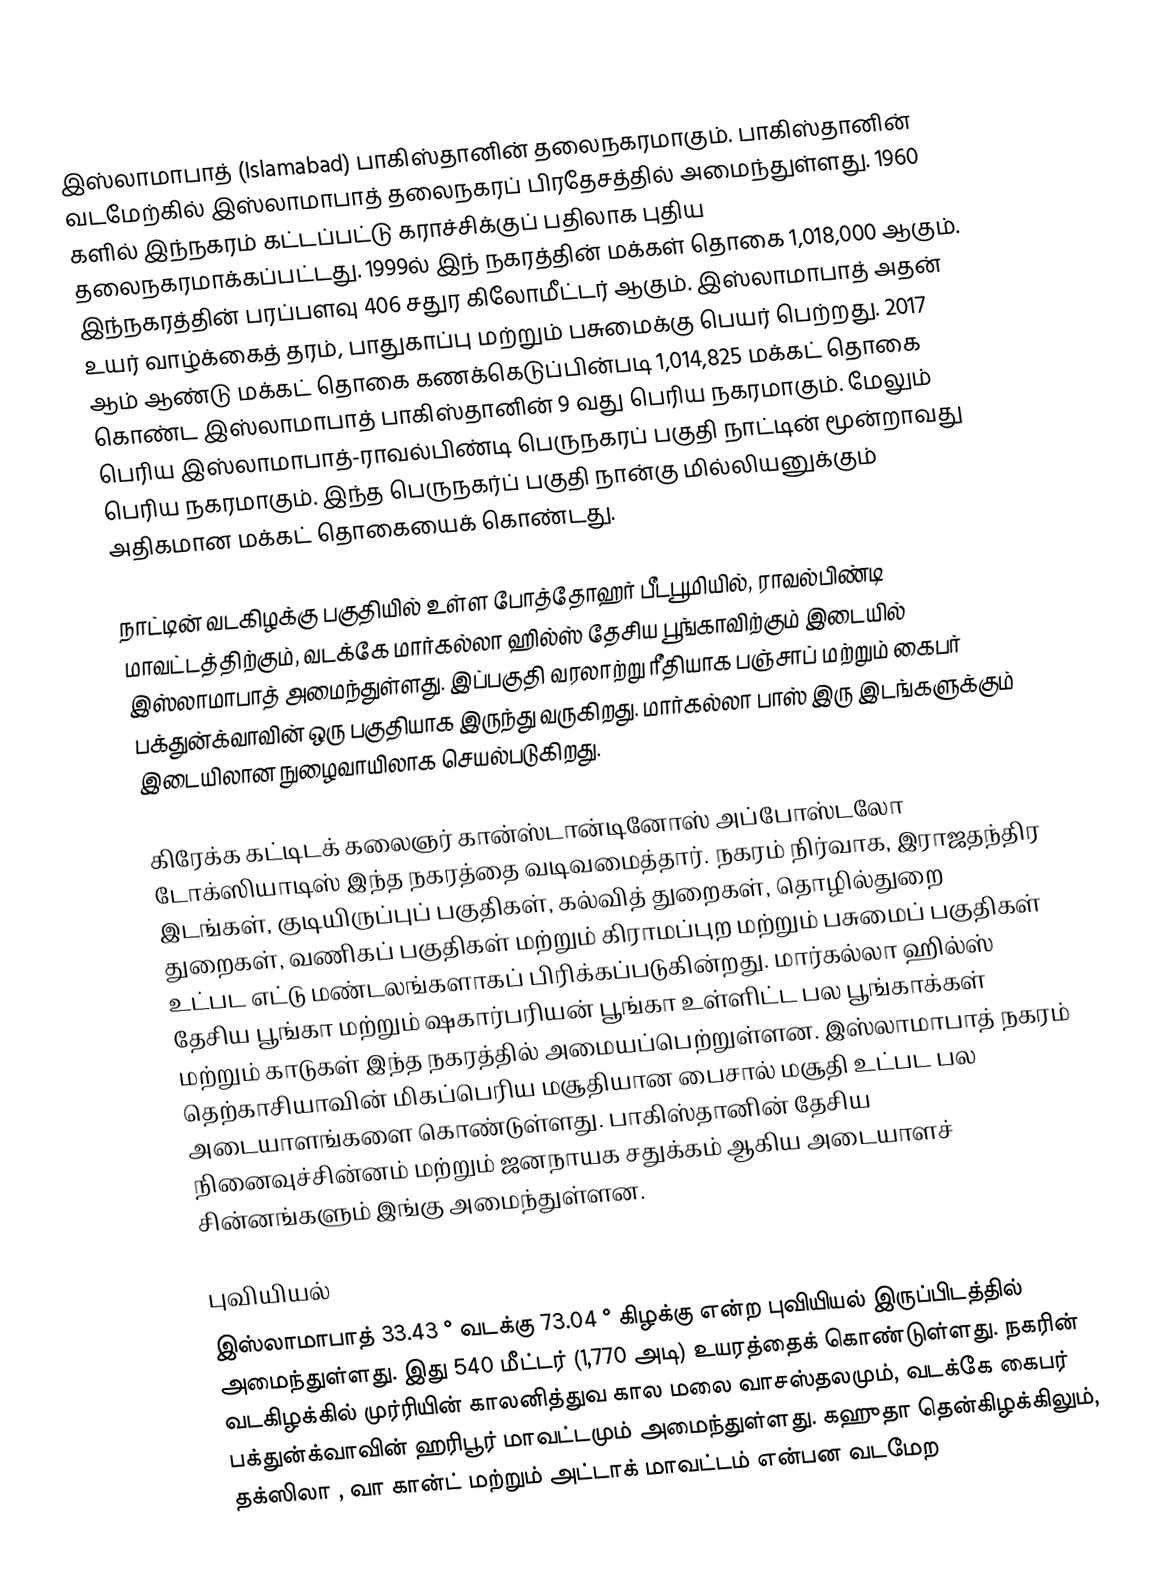
இஸ்லாமாபாத் (Islamabad) பாகிஸ்தானின் தலைநகரமாகும். பாகிஸ்தானின் வடமேற்கில் இஸ்லாமாபாத் தலைநகரப் பிரதேசத்தில் அமைந்துள்ளது. 1960 களில் இந்நகரம் கட்டப்பட்டு கராச்சிக்குப் பதிலாக புதிய தலைநகரமாக்கப்பட்டது. 1999ல் இந் நகரத்தின் மக்கள் தொகை 1,018,000 ஆகும். இந்நகரத்தின் பரப்பளவு 406 சதுர கிலோமீட்டர் ஆகும். இஸ்லாமாபாத் அதன் உயர் வாழ்க்கைத் தரம், பாதுகாப்பு மற்றும்  பசுமைக்கு பெயர் பெற்றது. 2017 ஆம் ஆண்டு மக்கட் தொகை கணக்கெடுப்பின்படி 1,014,825 மக்கட் தொகை கொண்ட  இஸ்லாமாபாத் பாகிஸ்தானின் 9 வது பெரிய நகரமாகும். மேலும் பெரிய இஸ்லாமாபாத்-ராவல்பிண்டி பெருநகரப் பகுதி நாட்டின் மூன்றாவது பெரிய நகரமாகும். இந்த பெருநகர்ப் பகுதி நான்கு மில்லியனுக்கும் அதிகமான மக்கட் தொகையைக் கொண்டது.

நாட்டின் வடகிழக்கு பகுதியில் உள்ள போத்தோஹர் பீடபூமியில், ராவல்பிண்டி மாவட்டத்திற்கும், வடக்கே மார்கல்லா ஹில்ஸ் தேசிய பூங்காவிற்கும் இடையில் இஸ்லாமாபாத் அமைந்துள்ளது. இப்பகுதி வரலாற்று ரீதியாக பஞ்சாப் மற்றும் கைபர் பக்துன்க்வாவின் ஒரு  பகுதியாக இருந்து வருகிறது. மார்கல்லா பாஸ் இரு இடங்களுக்கும் இடையிலான நுழைவாயிலாக செயல்படுகிறது.

கிரேக்க கட்டிடக் கலைஞர் கான்ஸ்டான்டினோஸ் அப்போஸ்டலோ டோக்ஸியாடிஸ் இந்த நகரத்தை வடிவமைத்தார்.  நகரம் நிர்வாக, இராஜதந்திர இடங்கள், குடியிருப்புப் பகுதிகள், கல்வித் துறைகள், தொழில்துறை துறைகள், வணிகப் பகுதிகள் மற்றும் கிராமப்புற மற்றும் பசுமைப் பகுதிகள் உட்பட எட்டு மண்டலங்களாகப் பிரிக்கப்படுகின்றது. மார்கல்லா ஹில்ஸ் தேசிய பூங்கா மற்றும் ஷகார்பரியன் பூங்கா உள்ளிட்ட பல பூங்காக்கள் மற்றும் காடுகள் இந்த நகரத்தில் அமையப்பெற்றுள்ளன. இஸ்லாமாபாத் நகரம் தெற்காசியாவின் மிகப்பெரிய மசூதியான பைசால் மசூதி    உட்பட பல அடையாளங்களை கொண்டுள்ளது. பாகிஸ்தானின் தேசிய நினைவுச்சின்னம் மற்றும் ஜனநாயக சதுக்கம் ஆகிய அடையாளச் சின்னங்களும் இங்கு அமைந்துள்ளன.

புவியியல்
இஸ்லாமாபாத் 33.43 ° வடக்கு 73.04 ° கிழக்கு என்ற புவியியல் இருப்பிடத்தில் அமைந்துள்ளது.  இது  540 மீட்டர் (1,770 அடி) உயரத்தைக் கொண்டுள்ளது. நகரின் வடகிழக்கில் முர்ரியின் காலனித்துவ கால மலை வாசஸ்தலமும், வடக்கே கைபர் பக்துன்க்வாவின் ஹரிபூர் மாவட்டமும் அமைந்துள்ளது. கஹுதா தென்கிழக்கிலும், தக்ஸிலா , வா கான்ட் மற்றும்  அட்டாக் மாவட்டம் என்பன வடமேற